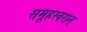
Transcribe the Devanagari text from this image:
समूहस्वरात